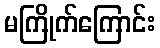
မကြိုက်ကြောင်း